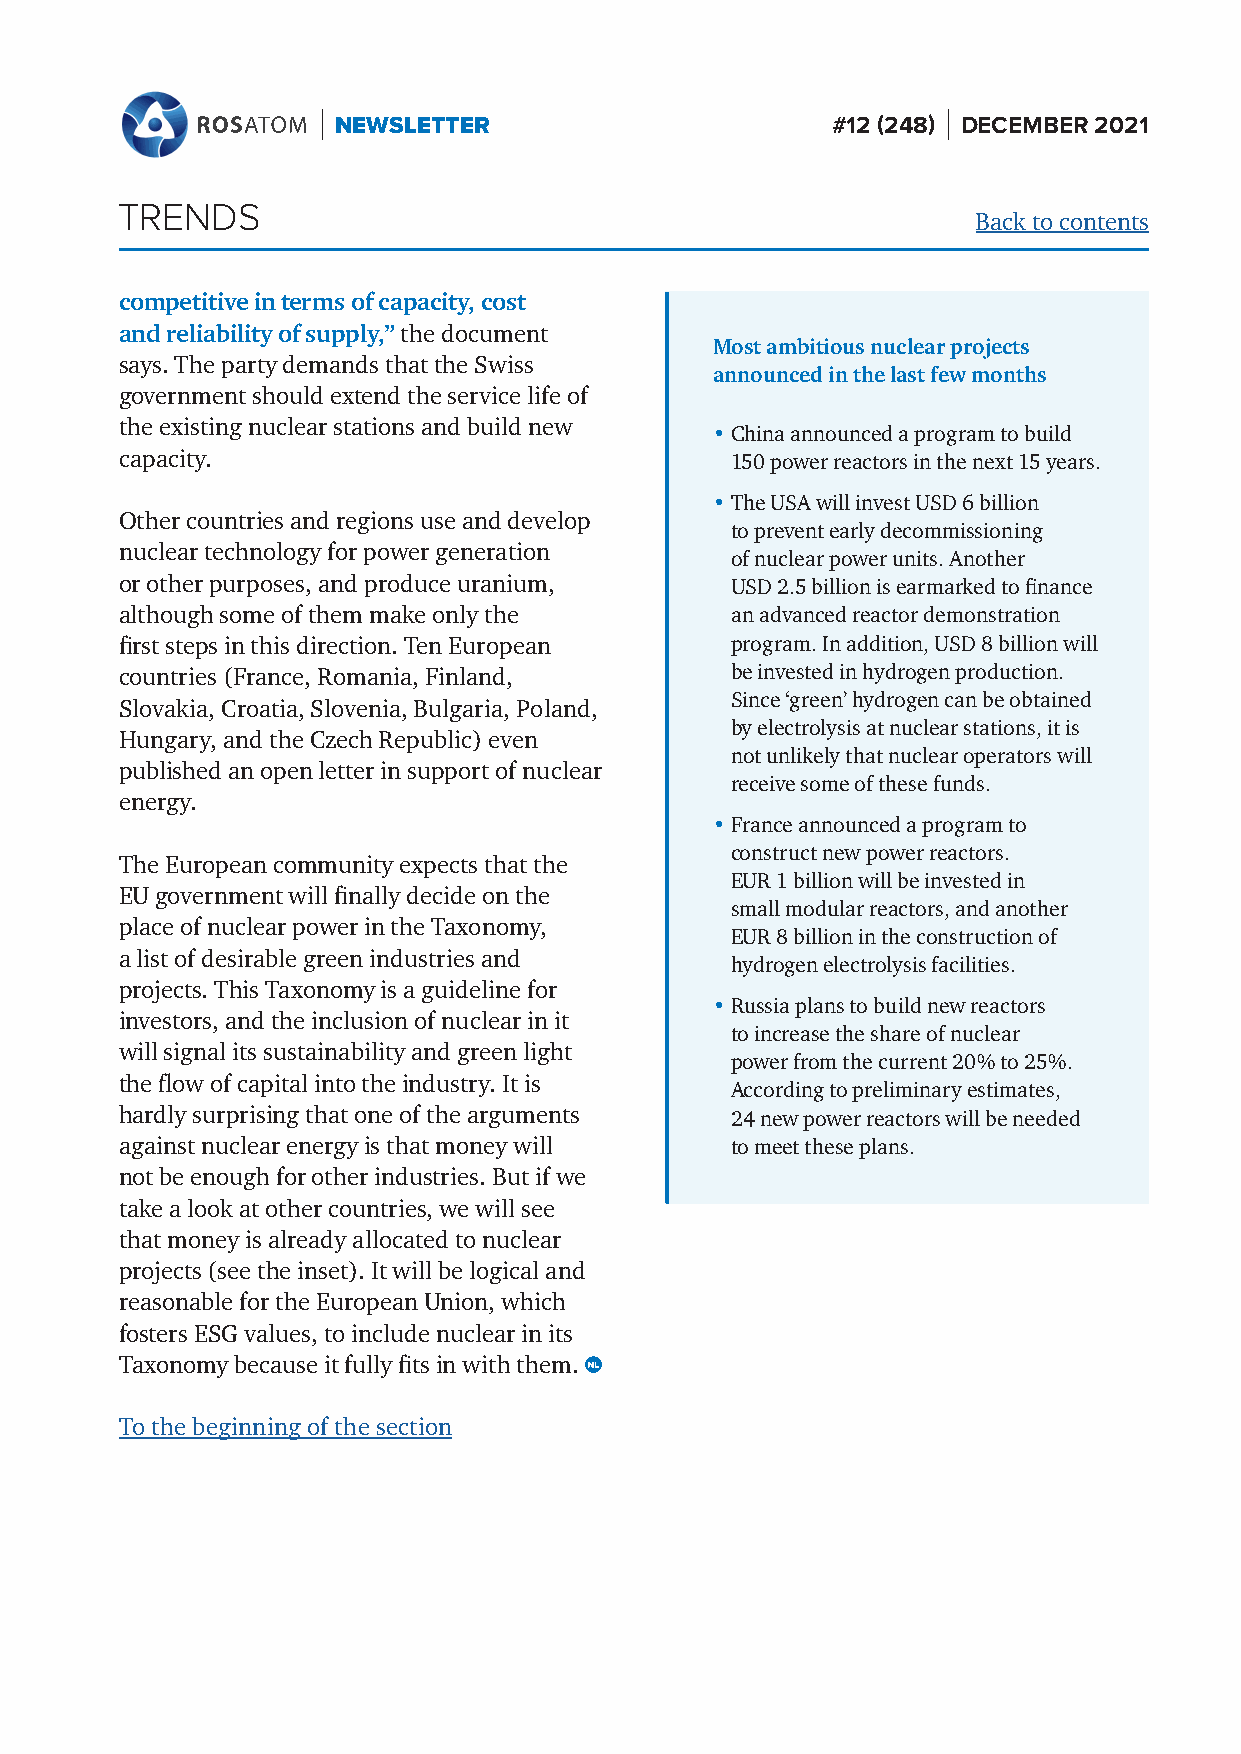
NEWSLETTER                       #12 (248) DECEMBER 2021
 TRENDS
 Back to contents
 competitive in terms of capacity, cost
 and reliability of supply,” the document
 Most ambitious nuclear projects
 says. The party demands that the Swiss
 announced in the last few months
 government should extend the service life of
 the existing nuclear stations and build new
 • China announced a program to build
 capacity.                               150 power reactors in the next 15 years.
 • T he USA will invest USD 6 billion
 Other countries and regions use and develop
 to prevent early decommissioning
 nuclear technology for power generation
 of nuclear power units. Another
 or other purposes, and produce uranium, USD 2.5 billion is earmarked to finance
 although some of them make only the     an advanced reactor demonstration
 first steps in this direction. Ten European program. In addition, USD 8 billion will
 countries (France, Romania, Finland,    be invested in hydrogen production.
 Since ‘green’ hydrogen can be obtained
 Slovakia, Croatia, Slovenia, Bulgaria, Poland,
 by electrolysis at nuclear stations, it is
 Hungary, and the Czech Republic) even
 not unlikely that nuclear operators will
 published an open letter in support of nuclear
 receive some of these funds.
 energy.
 • F rance announced a program to
 construct new power reactors.
 The European community expects that the
 EUR 1 billion will be invested in
 EU government will finally decide on the
 small modular reactors, and another
 place of nuclear power in the Taxonomy,
 EUR 8 billion in the construction of
 a list of desirable green industries and
 hydrogen electrolysis facilities.
 projects. This Taxonomy is a guideline for
 • R ussia plans to build new reactors
 investors, and the inclusion of nuclear in it
 to increase the share of nuclear
 will signal its sustainability and green light
 power from the current 20 % to 25 %.
 the flow of capital into the industry. It is
 According to preliminary estimates,
 hardly surprising that one of the arguments 24 new power reactors will be needed
 against nuclear energy is that money will to meet these plans.
 not be enough for other industries. But if we
 take a look at other countries, we will see
 that money is already allocated to nuclear
 projects (see the inset). It will be logical and
 reasonable for the European Union, which
 fosters ESG values, to include nuclear in its
 Taxonomy because it fully fits in with them.
 To the beginning of the section